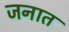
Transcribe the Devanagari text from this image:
जनात